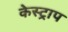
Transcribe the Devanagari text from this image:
केस्ट्राप